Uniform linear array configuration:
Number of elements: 32
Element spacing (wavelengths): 0.75
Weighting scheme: exponential
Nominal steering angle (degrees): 45
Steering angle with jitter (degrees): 46.516
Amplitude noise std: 0.05
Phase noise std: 0.05

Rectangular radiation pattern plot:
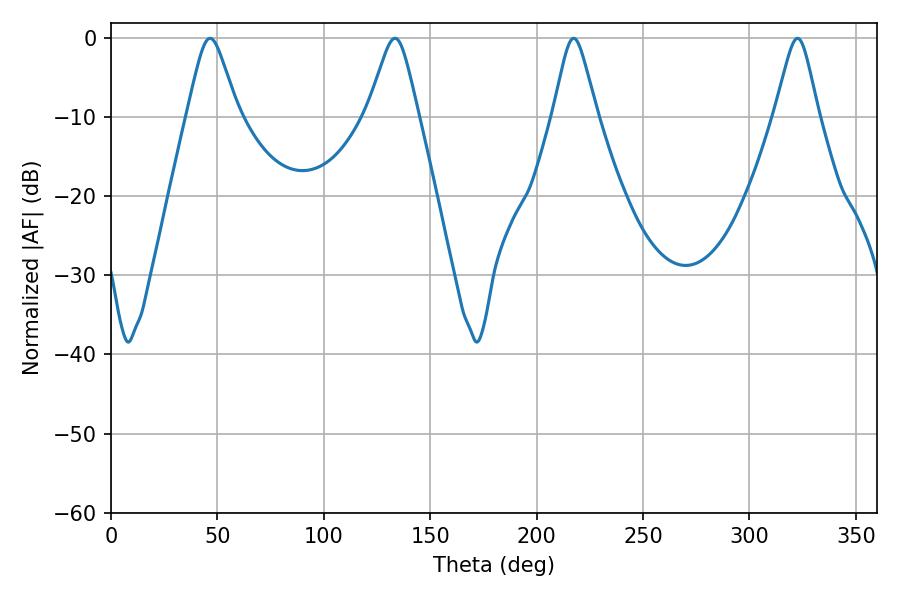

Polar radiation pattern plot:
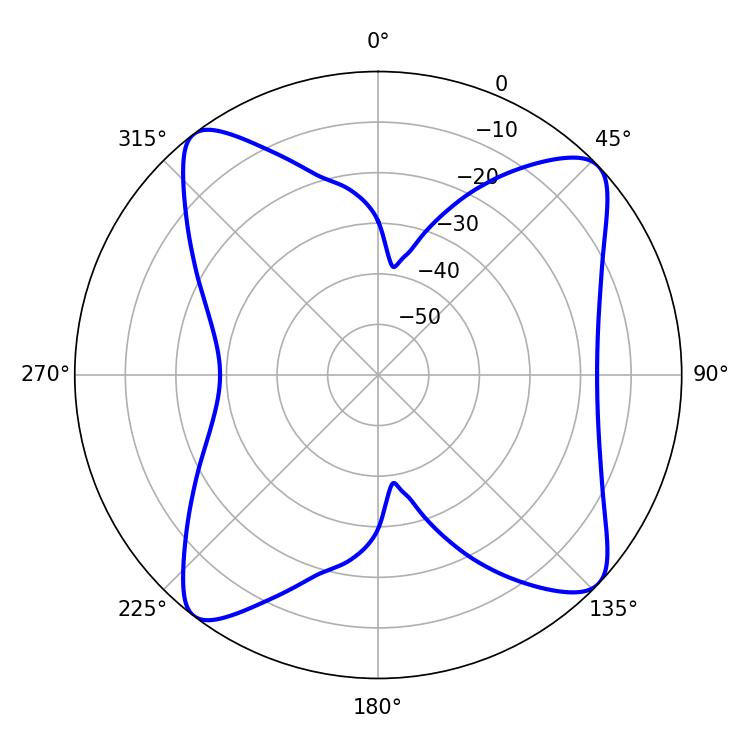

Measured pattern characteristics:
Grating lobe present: TRUE
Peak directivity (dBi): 12.284
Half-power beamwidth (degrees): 9.9
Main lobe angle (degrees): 217.44